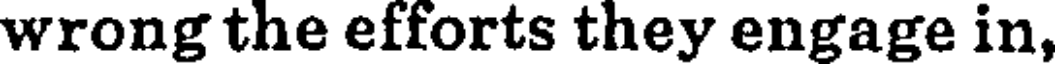
wrong the efforts they engage in,